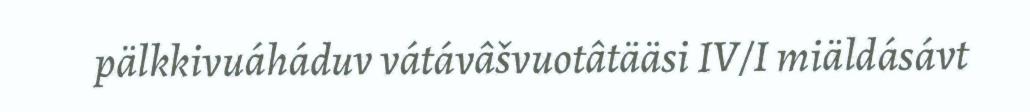
pälkkivuáháduv vátávâšvuotâtääsi IV/I miäldásávt